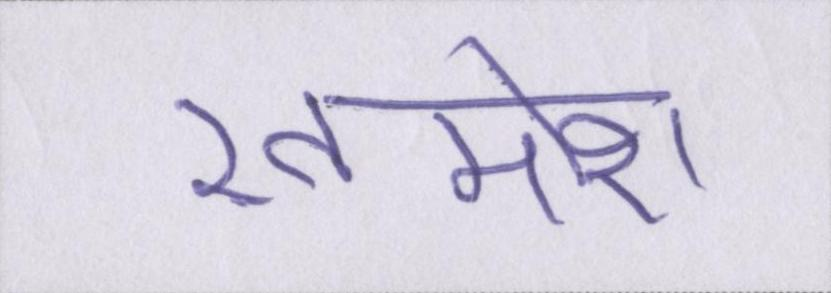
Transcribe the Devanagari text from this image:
ख़ामोश